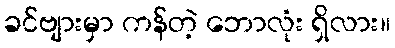
ခင်ဗျားမှာ ကန်တဲ့ ဘောလုံး ရှိလား။